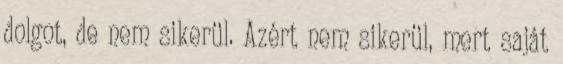
dolgot, de nem sikerül. Azért nem sikerül, mert saját